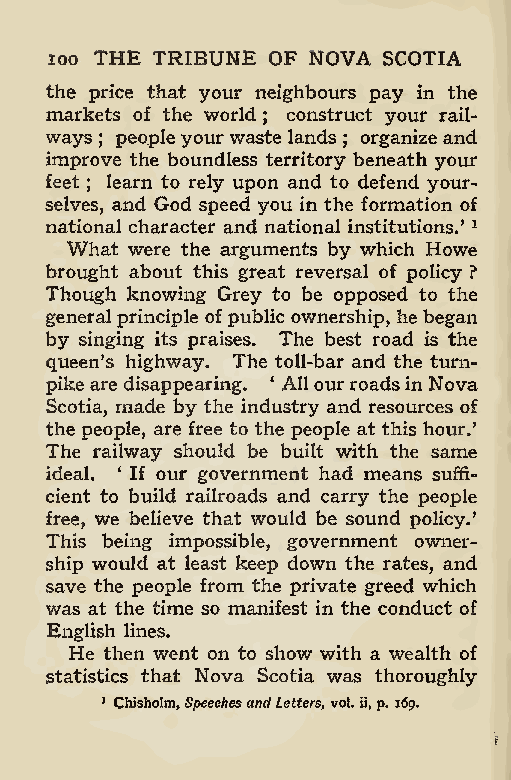
,
 100 THE TRIBUNE OF NOVA SCOTIA
 the price that your neighbours pay in the
 markets of the world construct your rail-
 ;
 ways peopleyourwaste lands organize and
 ;               ;
 improve the boundless territory beneath your
 feet learn to rely upon and to defend your-
 ;
 selves, and God speed you in the formation of
 national character and national institutions.’ 1
 What were the arguments by which Howe
 brought about this great reversal of policy ?
 Though knowing Grey to be opposed to the
 generalprinciple ofpublic ownership, he began
 by singing its praises. The best road is the
 queen’s highway. The toll-bar and the turn-
 pike are disappearing. 4 Allourroadsin Nova
 Scotia, made by the industry and resources of
 the people, are free to the people at this hour.’
 The railway should be built with the same
 ideal. ‘ If our government had means suffi-
 cient to build railroads and carry the people
 free, we believe that would be sound policy.’
 This being impossible, government owner-
 ship would at least keep down the rates, and
 save the people from the private greed which
 was at the time so manifest in the conduct of
 English lines.
 He then went on to show with a wealth of
 statistics that Nova Scotia was thoroughly
 1 Chisholm,SpeechesandLetters vol. ii,p. 169.